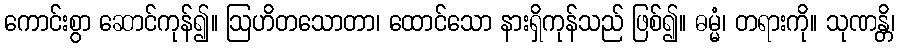
ကောင်းစွာ ဆောင်ကုန်၍။ ဩဟိတသောတာ၊ ထောင်သော နားရှိကုန်သည် ဖြစ်၍။ ဓမ္မံ၊ တရားကို။ သုဏန္တိ၊